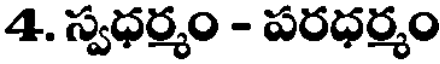
4. స్వధర్మం - పరధర్మం